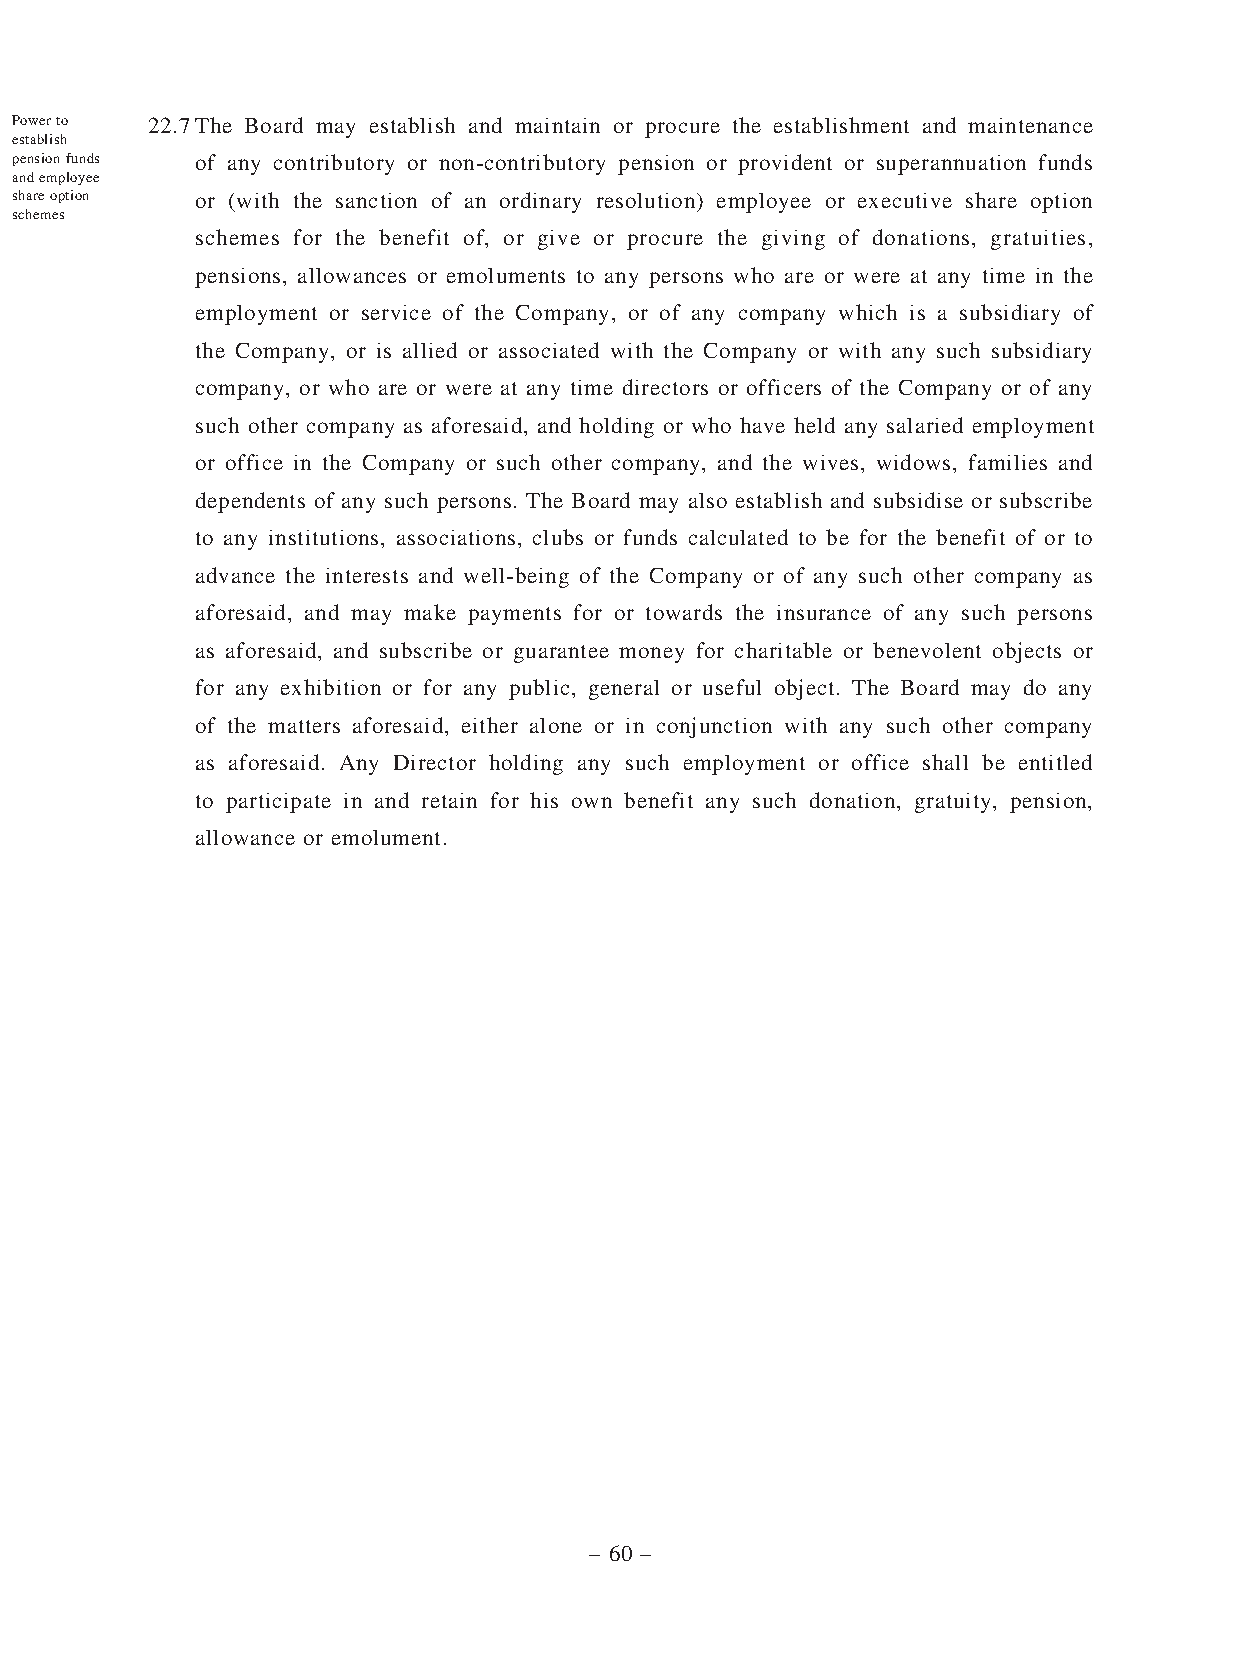
Power to 22.7 The Board may establish and maintain or procure the establishment and maintenance
 establish
 pension funds of any contributory or non-contributory pension or provident or superannuation funds
 and employee
 share option or (with the sanction of an ordinary resolution) employee or executive share option
 schemes
 schemes for the benefit of, or give or procure the giving of donations, gratuities,
 pensions, allowances or emoluments to any persons who are or were at any time in the
 employment or service of the Company, or of any company which is a subsidiary of
 the Company, or is allied or associated with the Company or with any such subsidiary
 company, or who are or were at any time directors or officers of the Company or of any
 such other company as aforesaid, and holding or who have held any salaried employment
 or office in the Company or such other company, and the wives, widows, families and
 dependents of any such persons. The Board may also establish and subsidise or subscribe
 to any institutions, associations, clubs or funds calculated to be for the benefit of or to
 advance the interests and well-being of the Company or of any such other company as
 aforesaid, and may make payments for or towards the insurance of any such persons
 as aforesaid, and subscribe or guarantee money for charitable or benevolent objects or
 for any exhibition or for any public, general or useful object. The Board may do any
 of the matters aforesaid, either alone or in conjunction with any such other company
 as aforesaid. Any Director holding any such employment or office shall be entitled
 to participate in and retain for his own benefit any such donation, gratuity, pension,
 allowance or emolument.
 – 60 –